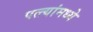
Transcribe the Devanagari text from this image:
पत्त्यांमध्ये